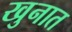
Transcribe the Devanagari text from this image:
खुनात